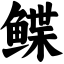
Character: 鲽